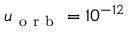
u _ { \mathrm { ~ o ~ r ~ b ~ } } = 1 0 ^ { - 1 2 }